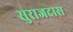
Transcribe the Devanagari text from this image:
सुराजदास